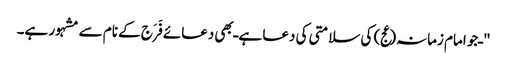
" ـ جو امام زمانہ(عج) کی سلامتی کی دعا ہے ـ بھی دعائے فَرَج کے نام سے مشہور ہے۔